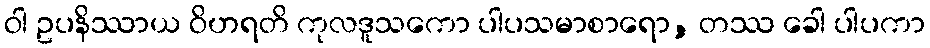
ဝါ ဥပနိဿာယ ဝိဟရတိ ကုလဒူသကော ပါပသမာစာရော, တဿ ခေါ ပါပကာ